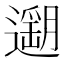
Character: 𨗽